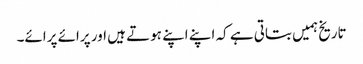
تاریخ ہمیں بتاتی ہے کہ اپنے اپنے ہوتے ہیں اور پرائے پرائے۔